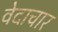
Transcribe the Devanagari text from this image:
वेदाचार